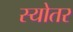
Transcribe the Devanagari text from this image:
स्योतर